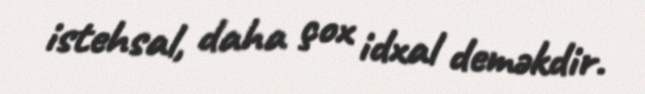
istehsal, daha çox idxal deməkdir.